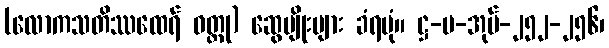
(လောကသတိဿထေရ် ဝတ္ထု) ဆွေမျိုးများ ခံရပုံ။ ဋ္ဌ-ပ-အုပ်-၂၅၂-၂၅၆၊